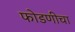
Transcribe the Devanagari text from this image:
फोडणीचा